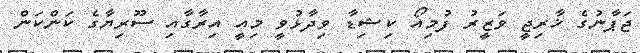
ޖަޕާނުގެ ޚާރިޖީ ވަޒީރު ފުމިއޯ ކިޝިޑާ ވިދާޅުވީ މިއީ އިރާގާއި ސޫރިޔާގެ ކަންކަން